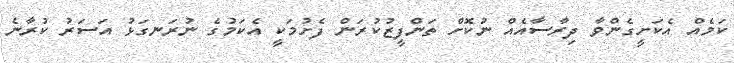
ކަމެއް އެކަށީގެންވާ ދިރާސާއެއް ނުކޮށް ތަންފީޒުކުރަން ފެށުމަކީ އެކަމުގެ ނުރަނގަޅު އަސަރު ކުރާނެ